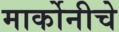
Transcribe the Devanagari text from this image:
मार्कोनीचे